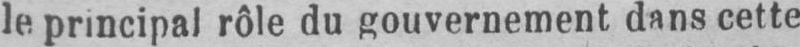
le principal rôle du gouvernement dans cette